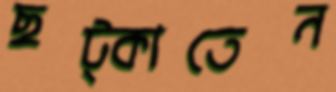
ছট্‌কাতেন